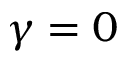
\gamma = 0